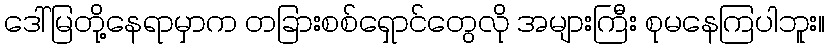
ဒေါ်မြတို့နေရာမှာက တခြားစစ်ရှောင်တွေလို အများကြီး စုမနေကြပါဘူး။